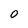
Character: 0